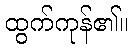
ထွက်ကုန်၏။